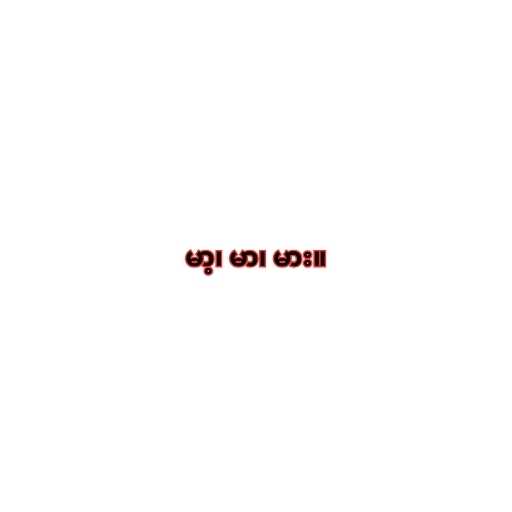
မာ့၊ မာ၊ မား။